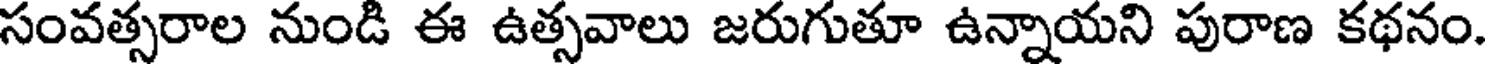
సంవత్సరాల నుండి ఈ ఉత్సవాలు జరుగుతూ ఉన్నాయని పురాణ కథనం.